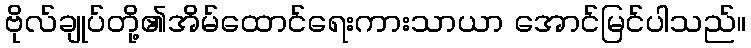
ဗိုလ်ချုပ်တို့၏အိမ်ထောင်ရေးကားသာယာ အောင်မြင်ပါသည်။